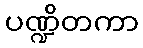
ပဏ္ဍိတကာ